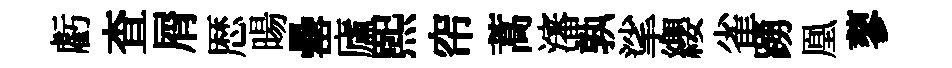
虧查屑厯暘罍廬熙帘蒿瀋孰挲纓雀踴凰蓼